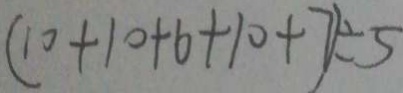
( 1 0 + 1 0 + 6 + 1 0 + 7 ) \div 5